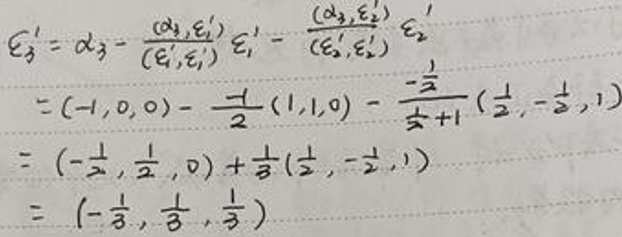
\[
\begin{align*}
\varepsilon_3'&=\alpha_3 - \frac{(\alpha_3,\varepsilon_1')}{(\varepsilon_1',\varepsilon_1')}\varepsilon_1' - \frac{(\alpha_3,\varepsilon_2')}{(\varepsilon_2',\varepsilon_2')}\varepsilon_2'\\
&=(-1,0,0)-\frac{-1}{2}(1,1,0)-\frac{-\frac{1}{2}}{\frac{1}{2} + 1}(\frac{1}{2},-\frac{1}{2},1)\\
&=(-\frac{1}{2},\frac{1}{2},0)+\frac{1}{3}(\frac{1}{2},-\frac{1}{2},1)\\
&=(-\frac{1}{3},\frac{1}{3},\frac{1}{3})
\end{align*}
\]